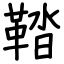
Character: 鞜